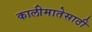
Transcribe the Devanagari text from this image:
कालीमातेसाठी